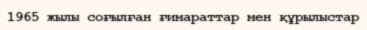
1965 жылы соғылған ғимараттар мен құрылыстар